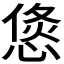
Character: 𭝶